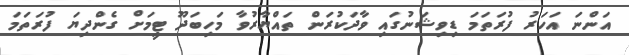
އަންނަ އަހަރު ފުރަތަމަ ޑިވިޝަނުގައި ވާދަކުރަން ތައްޔާރުވާ މަހިބަދޫ ޓީމަށް ގެންދިޔަ ފުރަތަމަ